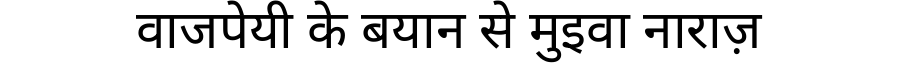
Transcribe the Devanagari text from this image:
वाजपेयी के बयान से मुइवा नाराज़